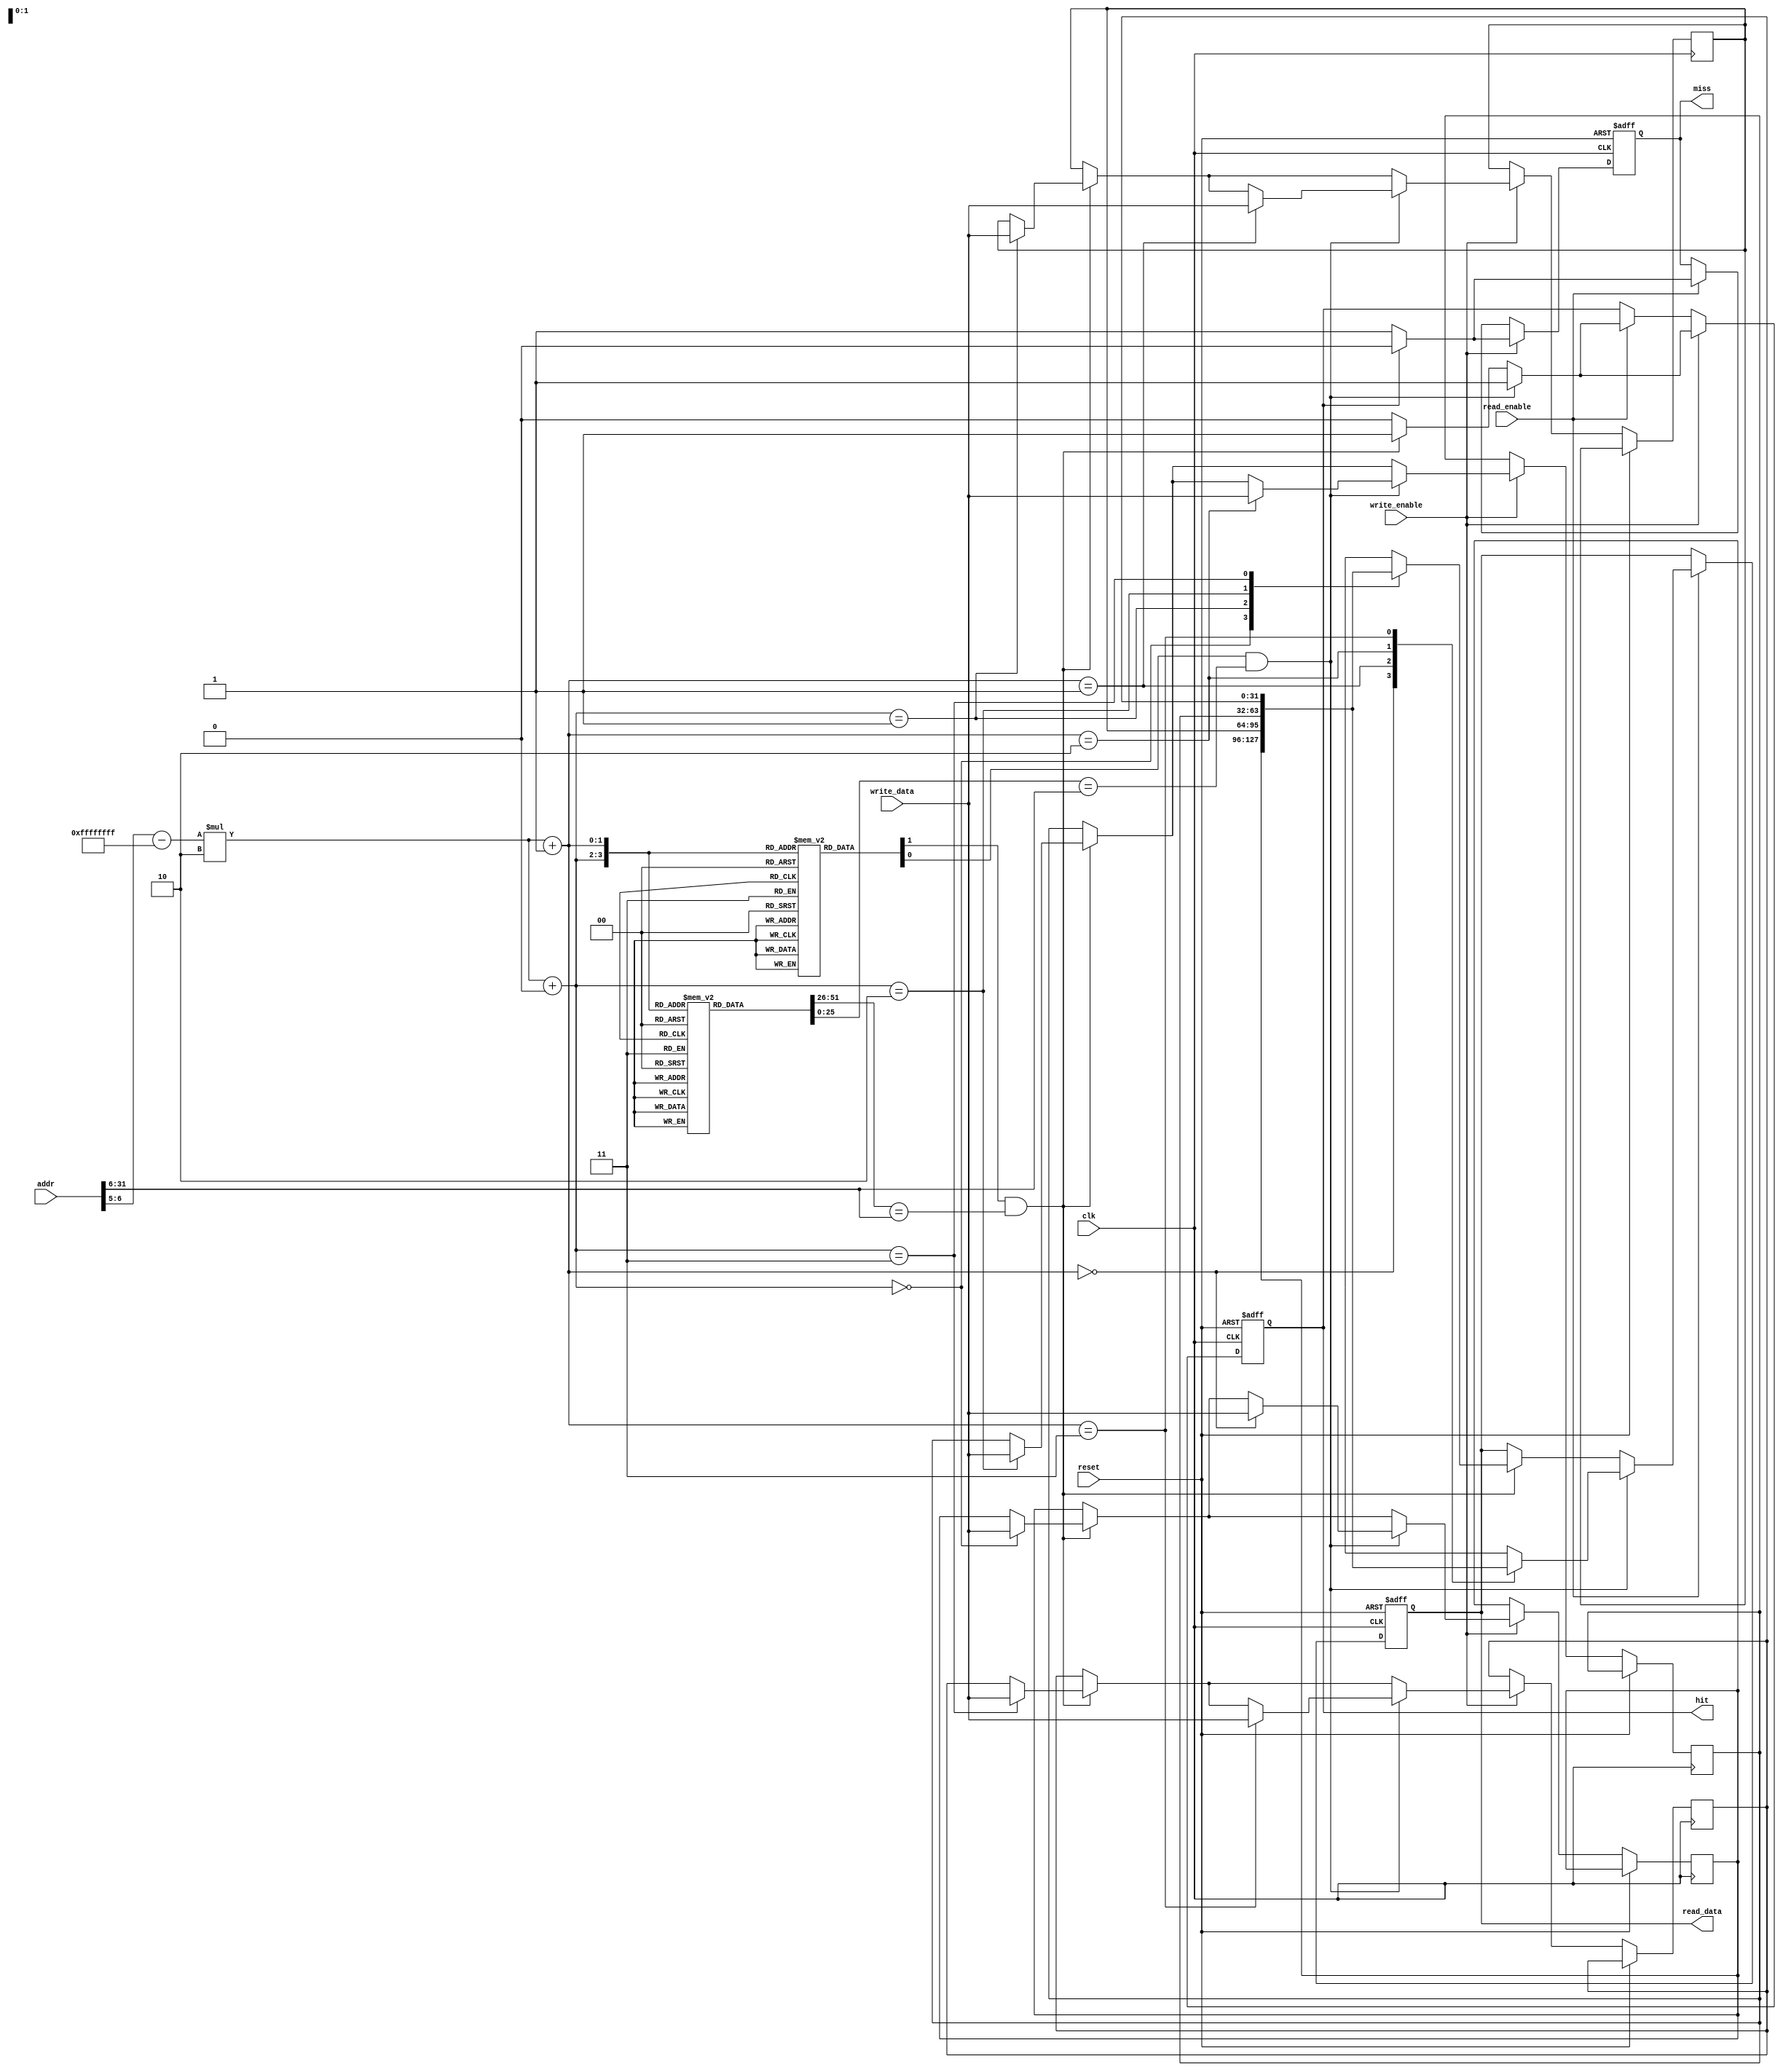
module L1Cache #(parameter DATA_WIDTH = 32,         // Data width (in bits)
                 parameter ADDR_WIDTH = 32,         // Address width (in bits)
                 parameter CACHE_SIZE = 16,         // Number of cache lines
                 parameter LINE_SIZE = 64,          // Bytes per line
                 parameter ASSOCIATIVITY = 2) (      // 2-way set associative
    input wire clk,
    input wire reset,
    input wire [ADDR_WIDTH-1:0] addr,
    input wire [DATA_WIDTH-1:0] write_data,
    input wire read_enable,
    input wire write_enable,
    output reg [DATA_WIDTH-1:0] read_data,
    output reg hit,
    output reg miss
);

    localparam NUM_SETS = CACHE_SIZE / (LINE_SIZE * ASSOCIATIVITY);
    localparam TAG_WIDTH = ADDR_WIDTH - $clog2(NUM_SETS) - $clog2(LINE_SIZE);
    
    // Cache structure
    reg [TAG_WIDTH-1:0] tags [0:NUM_SETS-1][0:ASSOCIATIVITY-1]; // Tags for each set
    reg [DATA_WIDTH-1:0] data [0:NUM_SETS-1][0:ASSOCIATIVITY-1]; // Data for each line
    reg valid [0:NUM_SETS-1][0:ASSOCIATIVITY-1]; // Valid bits
    reg dirty [0:NUM_SETS-1][0:ASSOCIATIVITY-1]; // Dirty bits
    reg [1:0] lru [0:NUM_SETS-1]; // LRU tracking for each set

    wire [TAG_WIDTH-1:0] tag = addr[ADDR_WIDTH-1:ADDR_WIDTH-TAG_WIDTH];
    wire [($clog2(NUM_SETS))-1:0] index = addr[($clog2(NUM_SETS) + $clog2(LINE_SIZE))-1:$clog2(LINE_SIZE)];
    wire [($clog2(LINE_SIZE))-1:0] offset = addr[$clog2(LINE_SIZE)-1:0];

    integer i, j;

    // Cache initialization
    initial begin
        for (i = 0; i < NUM_SETS; i = i + 1) begin
            for (j = 0; j < ASSOCIATIVITY; j = j + 1) begin
                valid[i][j] = 0;
                dirty[i][j] = 0;
            end
            lru[i] = 0; // Initialize LRU
        end
    end

    always @(posedge clk or posedge reset) begin
        if (reset) begin
            // Reset cache
            for (i = 0; i < NUM_SETS; i = i + 1) begin
                for (j = 0; j < ASSOCIATIVITY; j = j + 1) begin
                    valid[i][j] = 0;
                    dirty[i][j] = 0;
                end
                lru[i] = 0;
            end
            read_data <= 0;
            hit <= 0;
            miss <= 0;
        end else begin
            // Read operation
            if (read_enable) begin
                hit <= 0;
                miss <= 0;
                // Check for hits in the set
                for (j = 0; j < ASSOCIATIVITY; j = j + 1) begin
                    if (valid[index][j] && (tags[index][j] == tag)) begin
                        read_data <= data[index][j];
                        hit <= 1;
                        lru[index] <= j; // Update LRU
                    end
                end
                if (!hit) begin
                    miss <= 1;
                    // Handle cache miss (fetch from memory)
                    // Fetch logic can be implemented here
                end
            end

            // Write operation
            if (write_enable) begin
                hit <= 0;
                miss <= 0;
                // Check for hits in the set
                for (j = 0; j < ASSOCIATIVITY; j = j + 1) begin
                    if (valid[index][j] && (tags[index][j] == tag)) begin
                        data[index][j] <= write_data;
                        dirty[index][j] <= 1; // Mark as dirty
                        hit <= 1;
                        lru[index] <= j; // Update LRU
                    end
                end
                if (!hit) begin
                    miss <= 1;
                    // Handle cache miss (fetch from memory)
                    // Write logic can be implemented here
                end
            end
        end
    end

endmodule